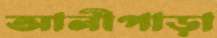
আলীপাড়া